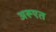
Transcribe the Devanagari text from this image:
अरूएत